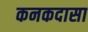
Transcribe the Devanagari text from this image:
कनकदासा